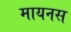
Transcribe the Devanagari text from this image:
मायनस